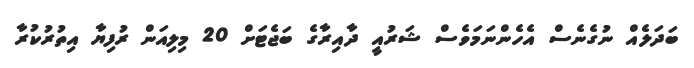
ބަދަލެއް ނުގެނެސް އެހެންނަމަވެސް ޝަރުއީ ދާއިރާގެ ބަޖެޓަށް 20 މިލިއަން ރުފިޔާ އިތުރުކުރާ